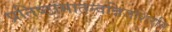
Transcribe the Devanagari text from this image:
प्रतिष्ठामातन्वन्निजशिरसि